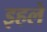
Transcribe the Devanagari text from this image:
इहले